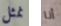
نمثل أنا